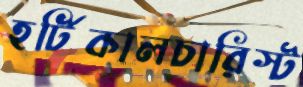
হর্টিকালচারিস্ট